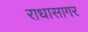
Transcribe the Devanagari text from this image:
राधासागर